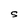
Character: S